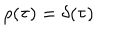
LaTeX: \rho ( \tau ) = \delta ( \tau )